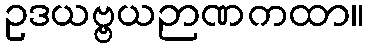
ဥဒယဗ္ဗယဉာဏကထာ။